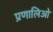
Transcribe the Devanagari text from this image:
प्रणालिओ